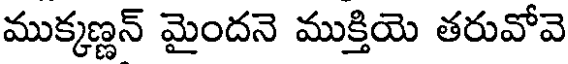
ముక్కణ్ణన్ మైందనె ముక్తియె తరువోవె